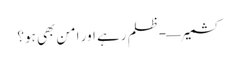
کشمیر—-ظلم رہے اور امن بھی ہو؟